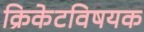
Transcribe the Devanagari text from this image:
क्रिकेटविषयक